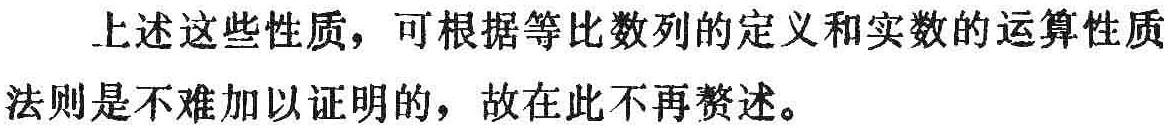
上述这些性质，可根据等比数列的定义和实数的运算性质法则是不难加以证明的，故在此不再赘述。